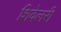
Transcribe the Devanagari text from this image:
शिवेलरी